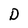
Character: D